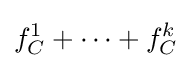
f_{C}^{1}+\cdots +f_{C}^{k}